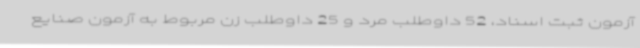
آزمون ثبت اسناد، 52 داوطلب مرد و 25 داوطلب زن مربوط به آزمون صنایع